Vaccination United Provinces of Agra and Oudh 1914-1922 - 1914-1922
Year: 1914
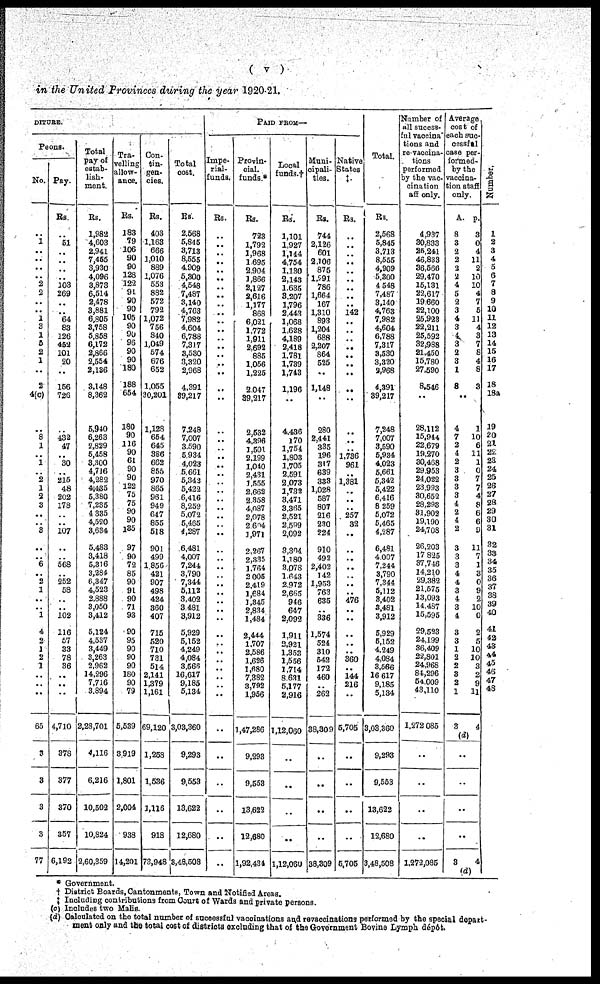
( v )
in the United Provinces during the year 1920-21.
DITURS.
Peons.
No.
..
1
..
..
..
..
2
2
..
..
1
3
1
5
2
1
..
2
4(c)
..
8
1
..
1
..
2
1
2
3
..
..
3
..
..
6
..
2
1
..
..
1
4
2
1
2
1
..
..
..
65
3
3
3
3
77
Pay
Rs
..
51
..
..
..
..
103
269
..
..
64
83
126
452
101
20
..
156
726
..
432
47
..
30
..
215
48
202
178
..
..
107
..
..
568
..
252
58
..
..
102
116
57
33
78
36
..
..
..
4,710
378
377
370
357
6,192
Total
pay of
estab-
lish-
ment
Rs.
1,982
4,003
2,941
7,455
3,930
4,096
3,873
6,514
2,478
3,881
6,805
3,758
5,858
6,172
2,866
2,554
2,136
3,148
8,362
5,940
6,263
2,829
5,458
3,300
4,716
4,252
4,435
5,380
7,235
4,335
4,520
3,634
5,483
3,418
5,316
3,284
6,347
4,523
2,888
3,050
3,412
5,124
4,537
3,449
3,263
2,962
14,296
7,716
3,894
2,28,701
4,116
6,216
10,502
10,824
2,60,359
Tra-
velling
allow-
ance.
Rs.
183
79
106
90
90
128
122
91
90
90
105
90
90
96
90
90
180
188
654
180
90
116
90
61
90
90
122
75
75
90
90
135
97
90
72
85
90
91
90
71
93
90
95
90
90
90
180
90
79
5,539
3,919
1,801
2,004
938
14,201
Con-
tin-
gen-
cies.
Rs.
403
1,163
666
1,010
889
1,076
553
882
572
792
1,072
756
340
1,049
574
676
652
1,055
30,201
1,128
654
645
366
662
865
970
865
961
949
647
855
518
901
499
1,856
421
907
498
424
360
407
715
520
710
781
514
2,141
1,379
1,161
69,120
1,253
1,536
1,116
918
73,948
Total
cost.
Rs.
2,568
5,845
3,713
8,555
4,909
5,300
4,548
7,487
3,140
4,763
7,982
4,604
6,788
7,317
3,530
3,320
2,968
4,391
39,217
7,248
7,007
3,590
5,934
4,023
5,661
5,343
5,422
6,416
8,252
5,072
5,465
4,287
6,481
4,007
7,244
3,790
7,344
5,112
3,402
3,481
3,912
5,929
5,152
4,249
4,084
3,565
16,617
9,185
5,134
3,03,360
9,293
9,553
13,622
12,680
3,48,508
PAID FROM—
Impe-
rial-
funds.
Rs.
..
..
..
..
..
..
..
..
..
..
..
..
..
..
..
..
..
..
..
..
..
..
..
..
..
..
..
..
..
..
..
..
..
..
..
..
..
..
..
..
..
..
..
..
..
..
..
..
..
..
..
..
..
..
..
Provin-
cial.
funds *
Rs.
723
1,792
1,968
1,695
2,904
1,866
2,127
2,616
1,177
868
6,021
1,772
1,911
2,692
885
1,056
1,225
2,047
39,217
2,532
4,396
1,501
2,199
1,040
2,431
1,555
2,662
2,358
4,087
2,078
2,694
1,971
2,267
2,315
1,764
2,005
2,419 1,684
1,345
2,814
1,434
2,444
1,707
2,586
1,626
1,680
7,382
3,792
1,956
1,47,286
9,293
9,553
13,622
12,680
1,92,434
Local
funds.†
Rs.
1,101
1,927
1,144
4,754
1,130
2,143
1,635
3,207
1,796
2,443
1,068
1,628
4,189
2,418
1,781
1,739
1,743
1,196
..
4,436
170
1,754
1,803
1,705
2,591
2,073
1,732
3,471
3,365
2,521
2,589
2,092
3,304
1,180
3,078
1,643
2,972
2,665
946
647
2,092
1,911
2,921
1,353
1,556
1,714
8,631
5,177
2,916
1,12,060
..
..
..
..
1,12,060
Muni-
cipali-
ties.
Rs.
744
2,126
601
2,106
875
1,291
786
1,664
167
1,310
893
1,2704
688
2,207
864
525
..
1,148
..
280
2,441
335
196
317
639
333
1,028
587
807
216
280
224
910
492
2,402
142
1,953
763
635
..
336
1,574
524
310
542
172
460
..
262
38,309
..
..
..
..
38,309
Native
States
‡.
Rs.
..
..
..
..
..
..
..
..
..
142
..
..
..
..
..
..
..
..
..
..
..
..
1,736
961
..
1,381
..
..
..
257
32
..
..
..
..
..
..
..
476
..
..
..
..
..
360
..
144
216
..
5,705
..
..
..
..
5,705
Total.
Rs.
2,568
5,845
3,713
8,555
4,909
5,300
4,548
7,487
3,140
4,763
7,982
4,604
6,788
7,317
3,530
3,320
2,968
4,391
39,217
7,248
7,007
3,590
5,934
4,023
5,661
5,342
5,422
6,416
8,259
5,072
5,465
4,287
6,481
4,007
7,244
3,790
7,344
5,112
3,402
3,481
3,912
5,929
5,152
4,249
4,084
3,566
16,617
9,185
5,134
3,03,360
9,293
9,563
13,622
12,680
3,48,508
Number of
all sucess-
ful vaccina-
tions and
re-vaccina-
tions
performed
by the vac-
cination
all only.
4,937
30,833
25,241
46,833
36,566
29,470
15,131
22,617
19,660
22,100
25,923
22,211
25,592
32,988
21,450
15,780
27,590
8,546
..
28,112
15,944
22,679
19,270
30,468
29,953
24,022
23,993
30,652
28,293
31,902
19,190
24,708
26,203
17,825
37,746
14,210
29,382
21,575
13,093
14,437
15,595
29,533
24,199
36,409
22,801
24,968
84,296
54,009
43,110
1,272,085
..
..
..
..
1,272,085
Average
cost of
each suc-
cessful
case per-
formed-
by the
vaccina-
tion staff
only
A.
8
3
2
2
2
2
4
5
2
3
4
3
4
3
2
3
1
5
p.
3
0
4
11
2
10
10
4
7
5
11
4
3
7
8
4
8
3
..
4
7
2
4
2
3
3
3
3
4
2
4
2
3
3
3
4
4
3
4
3
4
3
3
1
2
2
3
2
1
3
(d)
1
10
6
11
1
0
7
7
4
8
6
6
9
11
7
1
3
0
9
2
10
0
2
5
10
10
3
2
9
11
4
..
..
..
..
3
4
(d)
Number.
1
2
3
4
5
6
7
8
9
10
11
12
13
14
15
16
17
18
18a
19
20
21
22
23
24
25
26
27
28
29
30
31
32
33
34
35
36 37
38
39
40
41
42
43
44
45
46
47
48
* Government.
† District Boards, Cantonments, Town and Notified Areas.
‡ Including contributions from Court of Wards and private persons.
(c) Includes two Melis
(d) Calculated on the total number of suceessful vaccinations and revaccinations performed by the special depart-
ment only and the total cost of districts excluding that of the Government Bovine Lymph dépôt.